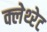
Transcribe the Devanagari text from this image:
क्लेथ्‍रेट